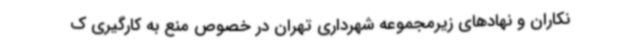
نکاران و نهادهای زیرمجموعه شهرداری تهران در خصوص منع به کارگیری ک